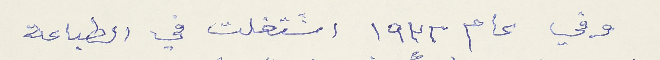
وقي عام ١٩٣٢ اشتغلت في الطباعة